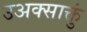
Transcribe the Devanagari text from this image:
उअक्साक्तुं